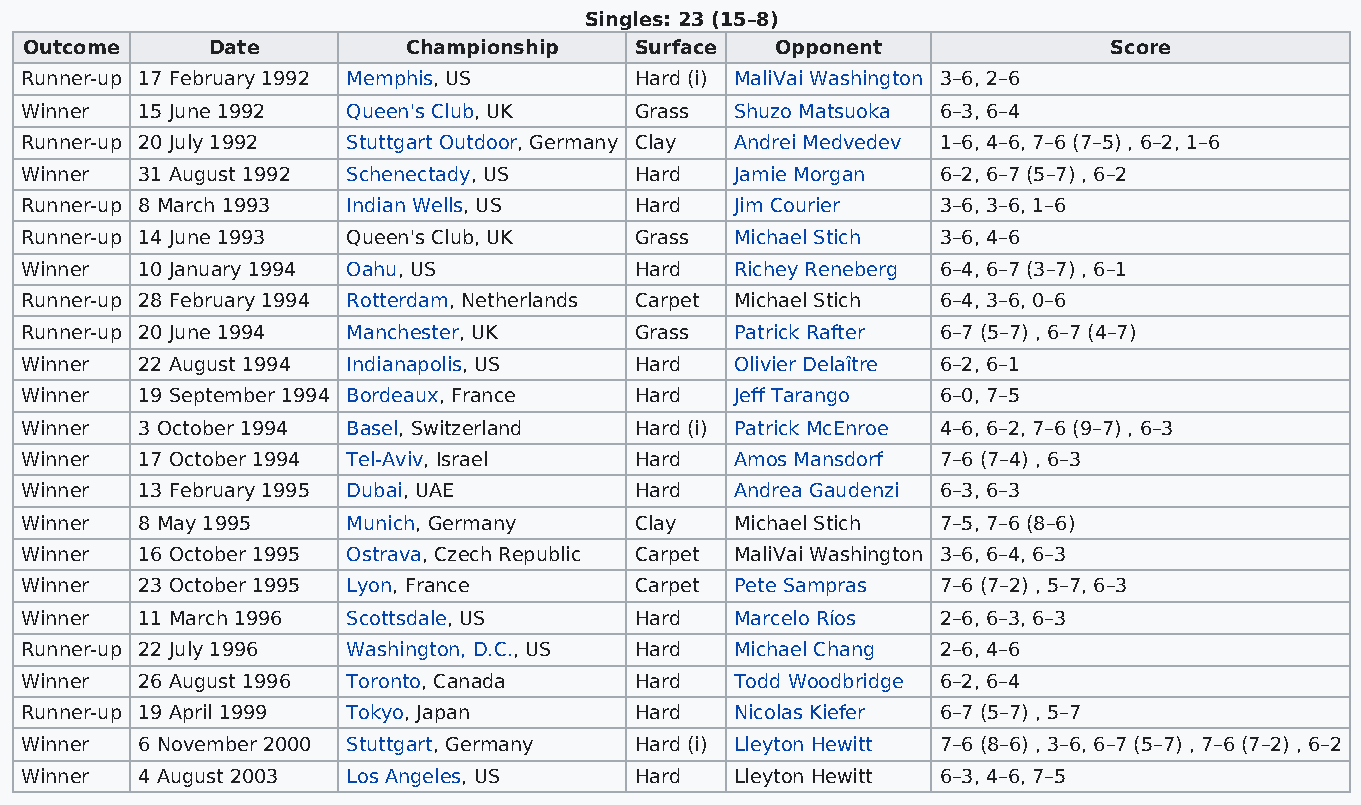
Singles: 23 (15–8)
 Outcome     Date         Championship   Surface  Opponent              Score
 Runner-up 17 February 1992 Memphis, US   Hard (i) MaliVai Washington 3–6, 2–6
 Winner  15 June 1992  Queen's Club, UK   Grass  Shuzo Matsuoka 6–3, 6–4
 Runner-up 20 July 1992 Stuttgart Outdoor, Germany Clay Andrei Medvedev 1–6, 4–6, 7–6 (7–5) , 6–2, 1–6
 Winner  31 August 1992 Schenectady, US   Hard   Jamie Morgan 6–2, 6–7 (5–7) , 6–2
 Runner-up 8 March 1993 Indian Wells, US  Hard   Jim Courier  3–6, 3–6, 1–6
 Runner-up 14 June 1993 Queen's Club, UK  Grass  Michael Stich 3–6, 4–6
 Winner  10 January 1994 Oahu, US         Hard   Richey Reneberg 6–4, 6–7 (3–7) , 6–1
 Runner-up 28 February 1994 Rotterdam, Netherlands Carpet Michael Stich 6–4, 3–6, 0–6
 Runner-up 20 June 1994 Manchester, UK    Grass  Patrick Rafter 6–7 (5–7) , 6–7 (4–7)
 Winner  22 August 1994 Indianapolis, US  Hard   Olivier Delaître 6–2, 6–1
 Winner  19 September 1994 Bordeaux, France Hard Jeff Tarango 6–0, 7–5
 Winner  3 October 1994 Basel, Switzerland Hard (i) Patrick McEnroe 4–6, 6–2, 7–6 (9–7) , 6–3
 Winner  17 October 1994 Tel-Aviv, Israel Hard   Amos Mansdorf 7–6 (7–4) , 6–3
 Winner  13 February 1995 Dubai, UAE      Hard   Andrea Gaudenzi 6–3, 6–3
 Winner  8 May 1995    Munich, Germany    Clay   Michael Stich 7–5, 7–6 (8–6)
 Winner  16 October 1995 Ostrava, Czech Republic Carpet MaliVai Washington 3–6, 6–4, 6–3
 Winner  23 October 1995 Lyon, France     Carpet Pete Sampras 7–6 (7–2) , 5–7, 6–3
 Winner  11 March 1996 Scottsdale, US     Hard   Marcelo Ríos 2–6, 6–3, 6–3
 Runner-up 22 July 1996 Washington, D.C., US Hard Michael Chang 2–6, 4–6
 Winner  26 August 1996 Toronto, Canada   Hard   Todd Woodbridge 6–2, 6–4
 Runner-up 19 April 1999 Tokyo, Japan     Hard   Nicolas Kiefer 6–7 (5–7) , 5–7
 Winner  6 November 2000 Stuttgart, Germany Hard (i) Lleyton Hewitt 7–6 (8–6) , 3–6, 6–7 (5–7) , 7–6 (7–2) , 6–2
 Winner  4 August 2003 Los Angeles, US    Hard   Lleyton Hewitt 6–3, 4–6, 7–5